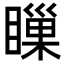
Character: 𥊌